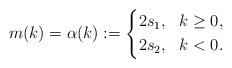
LaTeX: \begin{align*}m(k)=\alpha(k):=\left\{\begin{aligned}&2s_1, &k\geq 0,\\&2s_2, &k< 0.\end{aligned}\right.\end{align*}